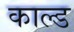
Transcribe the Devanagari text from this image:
काल्ड